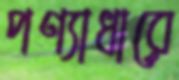
পণ্যাধারে